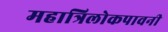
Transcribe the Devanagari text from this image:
महात्रिलोकपावनी